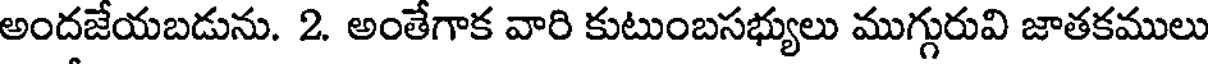
అందజేయబడును. 2. అంతేగాక వారి కుటుంబసభ్యులు ముగ్గురువి జాతకములు